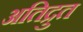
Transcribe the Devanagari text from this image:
अतिद्रुत